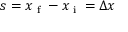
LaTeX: { s } = { x _ { \textrm { f } } - x _ { \textrm { i } } } = \Delta { x }